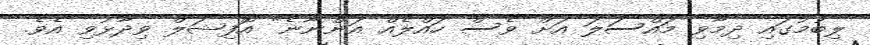
ލިބުމުގައި ދިމާވި މައްސަލަ އަށް ވެސް ހައްލެއް އަންނާނެ" އޮފިޝަލް ވިދާޅުވި އެވެ.